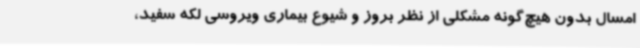
امسال بدون هیچ‌گونه مشکلی از نظر بروز و شیوع بیماری ویروسی لکه سفید،